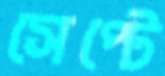
সেপ্টে